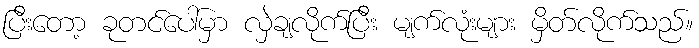
ပြီးတော့ ခုတင်ပေါ်မှာ လှဲချလိုက်ပြီး မျက်လုံးများ မှိတ်လိုက်သည်။